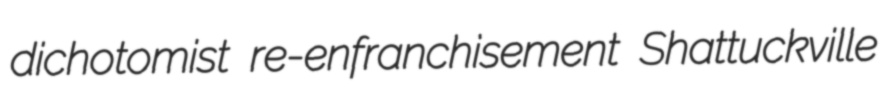
dichotomist re-enfranchisement Shattuckville